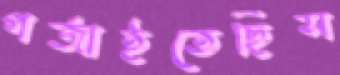
গর্‌জাইতেছিস